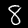
Label: 8